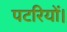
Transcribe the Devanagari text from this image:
पटरियों।